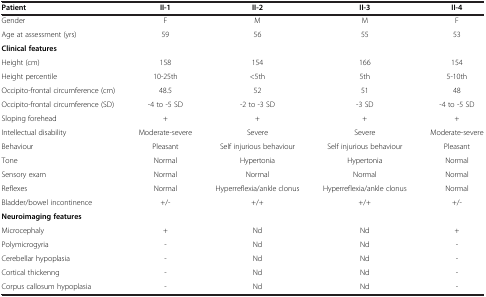
| Patient | II-1 | II-2 | II-3 | II-4 |
 | --- | --- | --- | --- | --- |
 | Gender | F | M | M | F |
 | Age at assessment (yrs) | 59 | 56 | 55 | 53 |
 | <COLSPAN=5> Clinical features |
 | Height (cm) | 158 | 154 | 166 | 154 |
 | Height percentile | 10-25th | <5th | 5th | 5-10th |
 | Occipito-frontal circumference (cm) | 48.5 | 52 | 51 | 48 |
 | Occipito-frontal circumference (SD) | -4 to -5 SD | -2 to -3 SD | -3 SD | -4 to -5 SD |
 | Sloping forehead | + | + | + | + |
 | Intellectual disability | Moderate-severe | Severe | Severe | Moderate-severe |
 | Behaviour | Pleasant | Self injurious behaviour | Self injurious behaviour | Pleasant |
 | Tone | Normal | Hypertonia | Hypertonia | Normal |
 | Sensory exam | Normal | Normal | Normal | Normal |
 | Reflexes | Normal | Hyperreflexia/ankle clonus | Hyperreflexia/ankle clonus | Normal |
 | Bladder/bowel incontinence | +/- | +/+ | +/+ | +/- |
 | <COLSPAN=5> Neuroimaging features |
 | Microcephaly | + | Nd | Nd | + |
 | Polymicrogyria | - | Nd | Nd | - |
 | Cerebellar hypoplasia | - | Nd | Nd | - |
 | Cortical thickenng | - | Nd | Nd | - |
 | Corpus callosum hypoplasia | - | Nd | Nd | - |